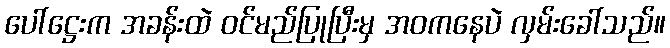
ပေါ်ဋ္ဌေးက အခန်းထဲ ဝင်မည်ပြုပြီးမှ အဝကနေပဲ လှမ်းခေါ်သည်။